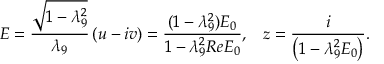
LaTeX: { \cal E } = \frac { \sqrt { 1 - \lambda _ { 9 } ^ { 2 } } } { \lambda _ { 9 } } \left( u - i v \right) = \frac { ( 1 - \lambda _ { 9 } ^ { 2 } ) { \cal E } _ { 0 } } { 1 - \lambda _ { 9 } ^ { 2 } R e { \cal E } _ { 0 } } , \; \; \; z = \frac { i } { \left( 1 - \lambda _ { 9 } ^ { 2 } { \cal E } _ { 0 } \right) } .